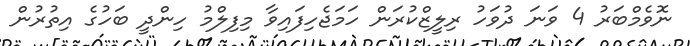
ނޮވެމްބަރު 4 ވަނަ ދުވަހު ރިލީޒްކުރަން ހަމަޖެހިފައިވާ މިފިލްމު ހިންދީ ބަހުގެ އިތުރުން